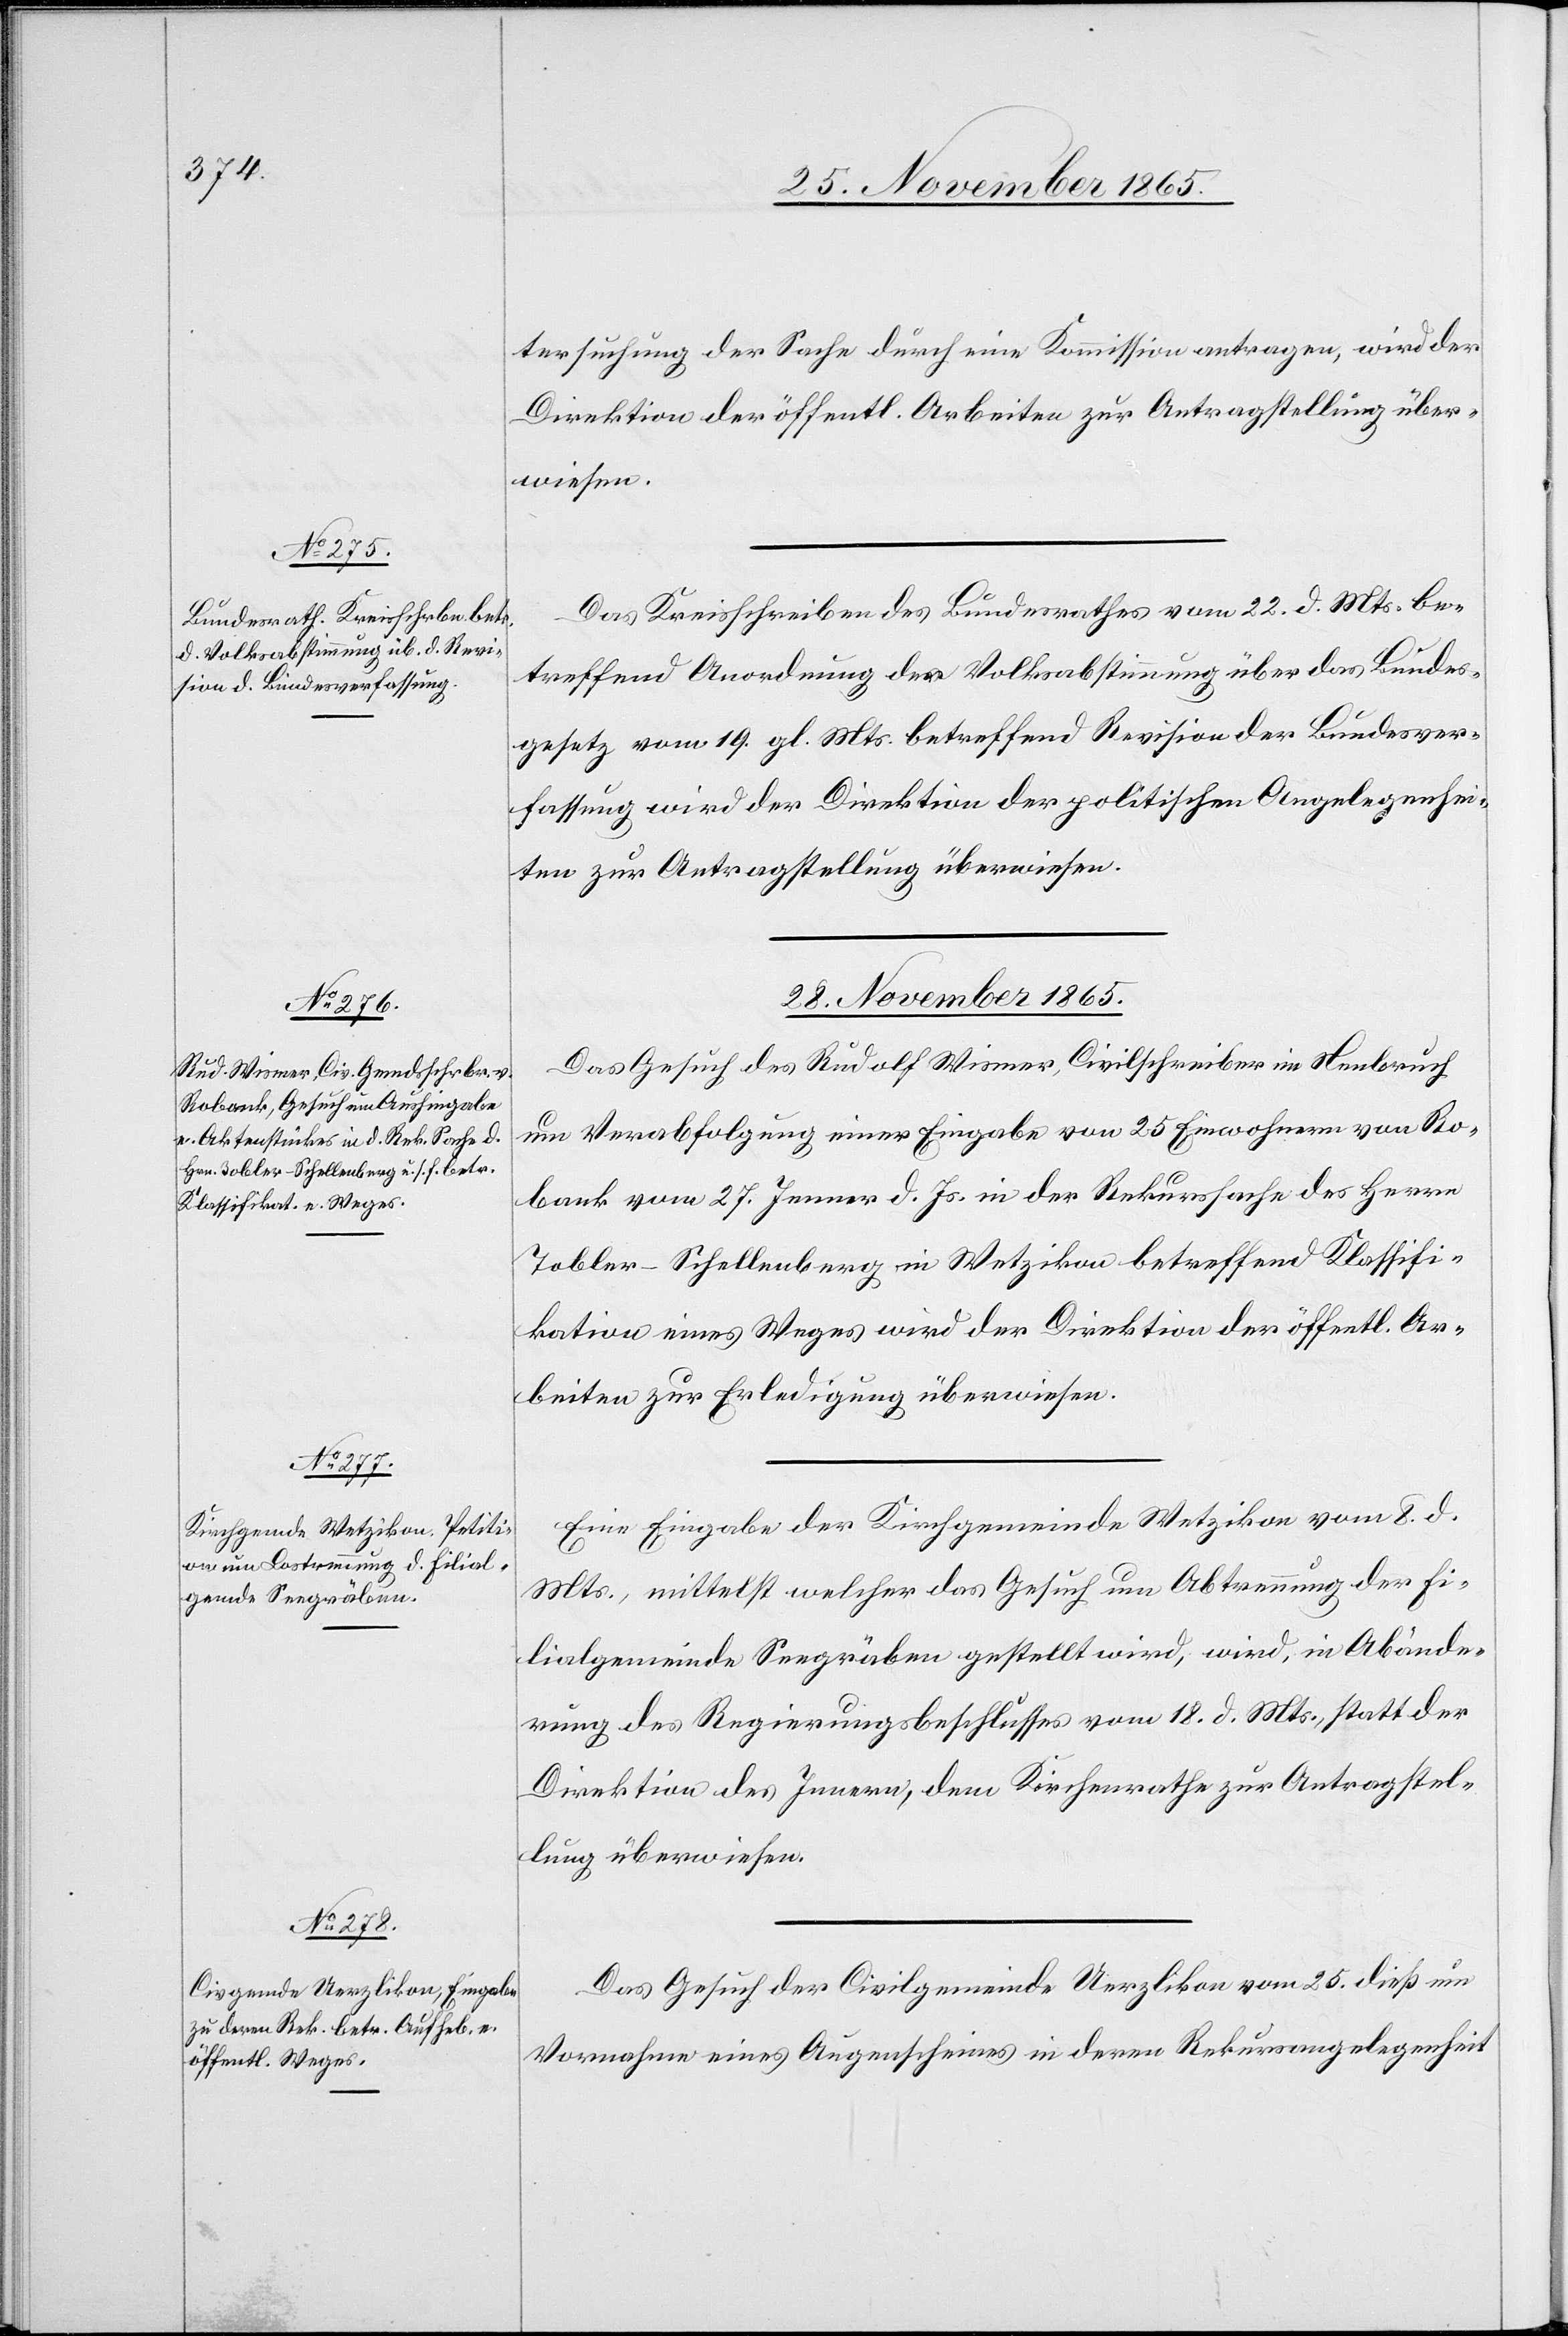
27. November 1865.]
tersuchung der Sache durch eine Kommission antragen, wird der
Direktion der öffentl. Arbeiten zur Antragstellung über¬
wiesen.
Das Kreisschreiben des Bundesrathes vom 22. d. Mts. be¬
treffend Anordnung der Volksabstimmung über das Bundes¬
gesetz vom 19. gl. Mts. betreffend Revision der Bundesver¬
fassung wird der Direktion der politischen Angelegenhei¬
ten zur Antragstellung überwiesen.
28. November 1865.]
Das Gesuch des Rudolf Wismer, Civilschreiber in Neubruch
um Verabfolgung einer Eingabe von 25 Einwohnern von Ro¬
bank vom 27. Januar d. Js. in der Rekurssache des Herrn
Tobler-Schellenberg in Wetzikon betreffend Klassifi¬
kation eines Weges wird der Direktion der öffentl. Ar¬
beiten zur Erledigung überwiesen.
Eine Eingabe der Kirchgemeinde Wetzikon vom 8. d.
Mts., mittelst welcher das Gesuch um Abtrennung der Fi¬
lialgemeinde Seegräben gestellt wird, wird, in Abände¬
rung des Regierungsbeschlusses vom 18. d. Mts., statt der
Direktion des Innern, dem Kirchenrathe zur Antragstel¬
lung überwiesen.
Das Gesuch der Civilgemeinde Uerzlikon vom 25. dieß um
Vornahme eines Augenscheines in deren Rekursangelegenheit